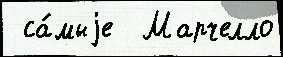
 са́мыjе  Марчелло